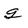
Character: g